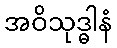
အဝိသုဒ္ဓါနံ